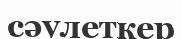
сәулеткер